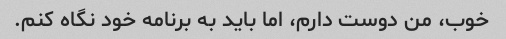
خوب، من دوست دارم، اما باید به برنامه خود نگاه کنم.